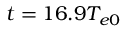
t = 1 6 . 9 { { T } _ { e 0 } }